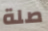
صلة